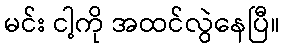
မင်း ငါ့ကို အထင်လွဲနေပြီ။